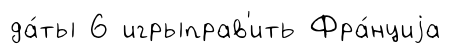
да́ты 6 игрыправ'ить Фра́нциjа